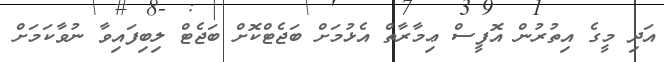
އަދި މީގެ އިތުރުން އޮފީސް ޢިމާރާތް އެޅުމަށް ބަޖެޓްކޮށް ބަޖެޓް ލިބިފައިވާ ނުވާކަމަށް